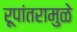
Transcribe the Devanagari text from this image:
रूपांतरामुळे